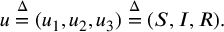
u \overset { \Delta } { = } ( u _ { 1 } , u _ { 2 } , u _ { 3 } ) \overset { \Delta } { = } ( S , I , R ) .